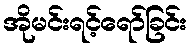
အိုမင်းရင့်ရော်ခြင်း